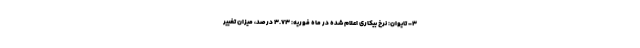
۳- تایوان: نرخ بیکاری اعلام شده در ماه فوریه: ۳.۷۳ درصد، میزان تغییر